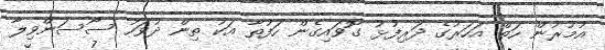
އުމުރުން ހަތް އަހަރުގެ ދަރިފުޅު ގޮވައިގެން ހަފުތާ އަކު ތިން ދުވަހު ސޯސަންވިލާ